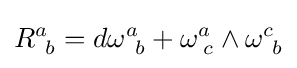
R_{\;\,b}^{a}=d\omega _{\;\,b}^{a}+\omega _{\;c}^{a}\wedge \omega _{\;\,b}^{c}